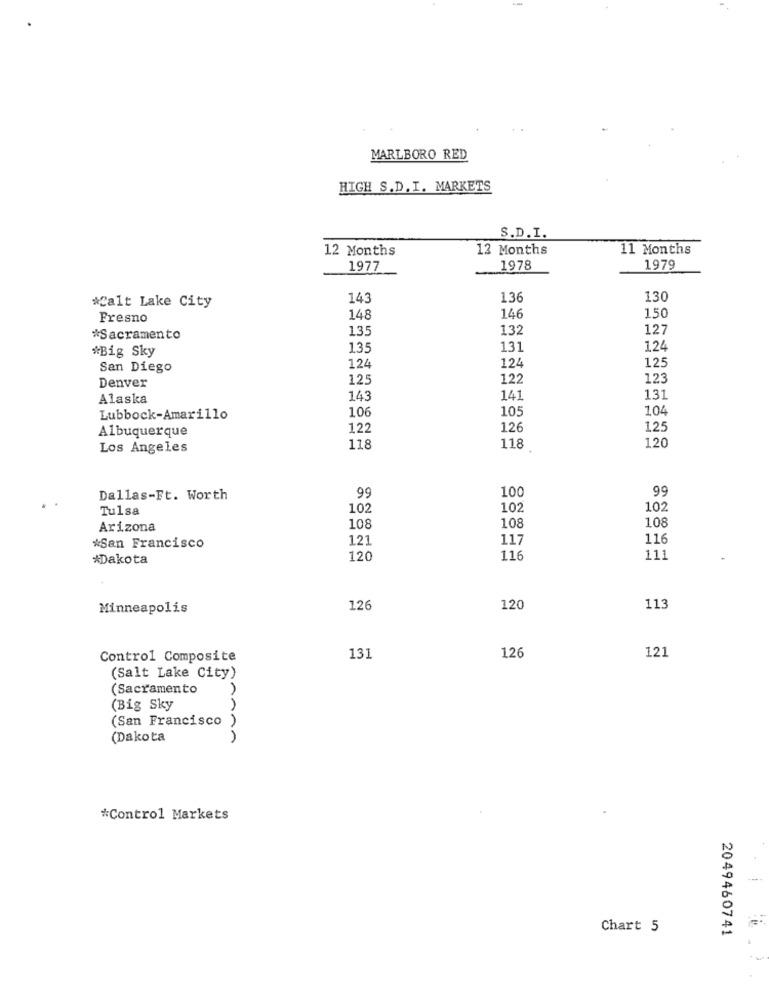
MARLBORO RED
HIGH S.D. I. MARKETS
S.D.I.
12 Months
12 Months
11 Months
1977
1978
1979
143
136
130
*Salt Lake City
Fresno
148
146
150
135
132
127
*Sacramento
135
131
124
#Big Sky
125
San Diego
124
124
Denver
125
122
123
Alaska
143
141
131
106
105
1.04
Lubbock-Amarillo
Albuquerque
122
126
125
120
Los Angeles
118
118
99
100
99
Dallas-Ft. Worth
Tulsa
102
102
102
108
108
Arizona
108
121
117
116
*San Francisco
*Dakota
120
116
111
Minneapolis
126
120
113
126
Control Composite
131
121
(Salt Lake City)
Sacramento
(Big Sky
(San Francisco )
(Dakota
*Control Markets
Chart 5
2049460741